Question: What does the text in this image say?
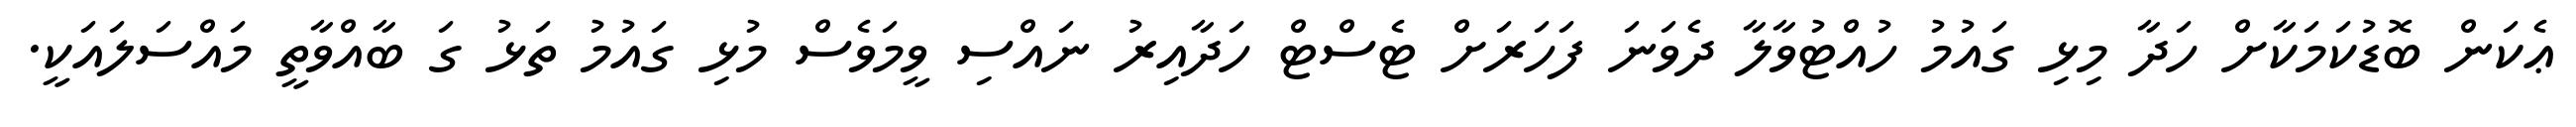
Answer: ޢެކަން ބޮޑުކަމަކާށް ހަދާ މިޅި ގައުމު ހުއްޓުވާލާ ދެވަނަ ފަހަރަށް ޓެސްޓް ހަދާއިރު ނައްސި ވީމަވެސް މުޅި ގައުމު ތަޅު ގަ ބާއްވާތީ މައްސަލައަކީ.